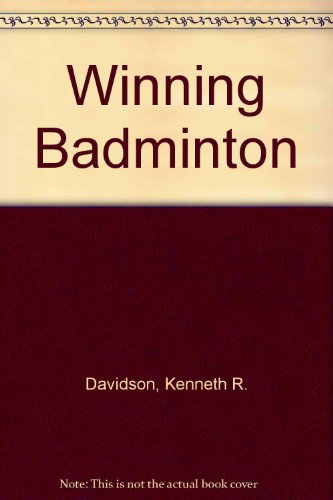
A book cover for Winning Badminton; Kenneth R. Davidson; Sports & Outdoors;